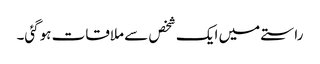
راستے میں ایک شخص سے ملاقات ہوگئی۔